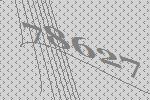
78627